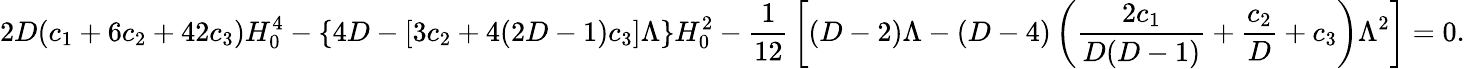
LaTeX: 2D(c_{1}+6c_{2}+42c_{3})H_{0}^{4}-\{ 4D-[3c_{2}+4(2D-1)c_{3}]\Lambda\} H_{0}^{2}-{\frac{1}{12}}\left[(D-2)\Lambda-(D-4)\left({\frac{2c_{1}}{D(D-1)}}+{\frac{c_{2}}{D}}+c_{3}\right)\Lambda^{2}\right]=0.